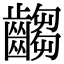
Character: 齺